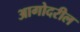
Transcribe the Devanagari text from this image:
आगोदरील